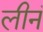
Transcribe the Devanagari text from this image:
लीनं